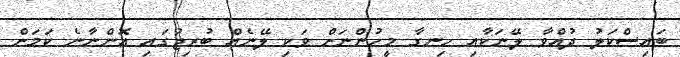
ބައިސްކަލު ދުއްވާ ލޭނަކާއި ހިނގާ މީހުންނަށް ވަކި ލޭނެއް ބުރިޖުގައި އޮންނާނެ ކަަމަށް